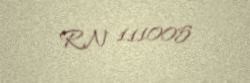
RN 111005